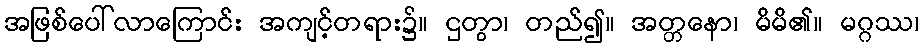
အဖြစ်ပေါ်လာကြောင်း အကျင့်တရား၌။ ဌတွာ၊ တည်၍။ အတ္တနော၊ မိမိ၏။ မဂ္ဂဿ၊